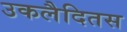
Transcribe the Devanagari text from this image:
उकलैदितस